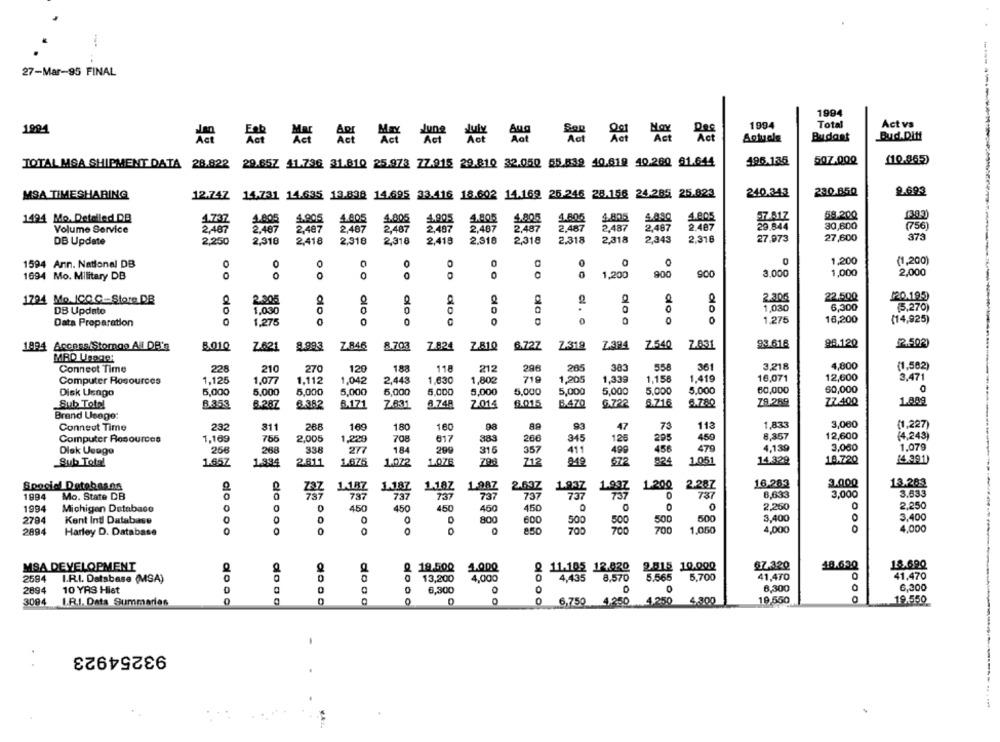
27-Mar-95 FINAL
1994
1994
Total
Act vs
1994
Adt Act Act Act Act
Aot
To Act Act Act Act
Sotuele
Budant
Bud.Ditt
TOTAL MSA SHIPMENT DATA
28.822
29.65Z 41.736 31.810 25.973 77.915 29.810 32.050 55.839 40,619 40.260 81.644
196.135
507.000
(10.865)
MSA TIMESHARING
12.74Z 14.731 14.635 13.838 14.695 33.416 18.602 14.169 25.246 28.156 24.285 25.823
240.343
230.850
9.693
4.805
58.200
1303
1494 Mo. Detelled DB
4.737
4.805
4.805
4.805
4.905
4.805
4.805%
4.806
4.8.90
Volume Service
2,487
2.407
2,487
2,487
2,487
2,487
2,487
2,487
2,487
2,487
2,487
2.487
30,600
(756)
2,343
27.973
27,600
373
DB Update
2,250
2,318
2,418
2,318
2,310
2,419
2.316
2,318
2,318
2,318
2,316
1,200
1594 Ann. National DB
O
0
O
0
0
0
(1,200)
O
0
0
1,200
900
900
3.000
1,000
2,000
1694 Mo. Military DB
GO
120.195
1794 Mo.JC.O.C-Store DB
2.30
2.305
22.500
DB Update
.030
1,030
6,300
(5,270)
1.275
16,200
(14,925)
Data Preparation
1.275
do o
1894 Access/Storngo All DR's
8010
Z621
8.993
Z.846
8.703
7.824
7.81Q
6.72Z
2-31.9
Z.394
7.540
Z.631
99.618
96.120
P.502
MRD Usage:
Connect Time
228
210
270
120
188
118
212
296
205
383
556
361
3,218
4,000
(1,582)
719
1,205
1,33ª
1.158
1,419
16,071
12,600
3,471
Computer Rosources
1,125
1,077
1,112
1,042
2,443
1,630
1,802
Disk Usago
5,000
5.000
5,000
5,000
5,000
5,000
5,000
5,000
5,000
5,000
5,000
5.000
60,000
60,000
1.809
Sub Totel
83.53
8.287
8.382
8.171
Z831
A.748
2014
8.015
B470
6.722
6.716
6.780
79.269
ZZ400
Brand Usege:
73
(1,227
Conneut Time
232
811
288
109
180
160
98
88
93
47
113
1,833
3,060
1,169
756
2,005
1,229
708
617
383
260
345
126
295
450
8,357
12,600
(4,243)
Computer Resources
1.079
Disk Usage
256
268
338
184
200
315
357
411
499
456
470
4,139
3.080
712
8-19
672
824
1.051
14.329
18.720
(4391)
Sub Total
1.65Z
1.334
2.811
1.675
1.072
1.076
798
16.283
3.000
13.283
Special Detebasns
1.187
1.187
1.18Z
1.9AZ
2.63Z
1.200
2.287
1994
Mo. State DB
0
737
737
737
737
737
1.887
D
737
8,633
3,000
3.633
C
2.250
1994
Michigan Database
0
450
450
450
460
450
0
0
2,260
2784
Kent Indl Database
0
800
500
500
500
3,400
3,400
500
2894
Harley D. Database
clc ooo
0
O
0
700
700
1,050
4,000
0
4,000
87.320
10.630
18.690
MSA DEVELOPMENT
Q 19.500 4.000
11.185 12.820 9.815 10.000
2594
I.R.I. Database (MSA)
13,200
4,000
0
4,435
8,570
5.565
5,700
41,470
41,470
8,300
6,300
2894
10 YRS Hist
6,300
3094
I.R.I. Data Summaries
0
0
0
6,750
4.250
4.250
4.300
19,550
19.550
dooo
93254923